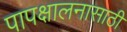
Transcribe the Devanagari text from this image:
पापक्षालनासाठी